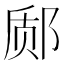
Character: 𫟬